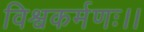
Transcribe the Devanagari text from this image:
विश्वकर्मणः।।